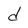
Character: d